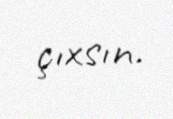
çıxsın.